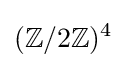
(\mathbb {Z} /2\mathbb {Z} )^{4}